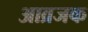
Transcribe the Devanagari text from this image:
आव्रजक